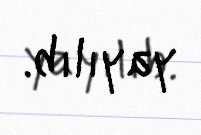
yayılıb.